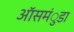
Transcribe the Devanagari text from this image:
ऑसमंुडा